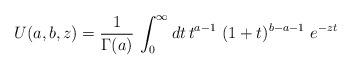
LaTeX: \begin{align*}U(a,b,z)= \frac{1}{\Gamma(a)}\,\int_0^\infty dt \, t^{a-1}~(1+t)^{b-a-1}~e^{-z t}\end{align*}